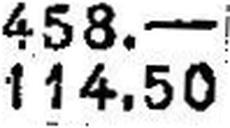
114.50